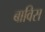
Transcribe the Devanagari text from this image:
बाविस